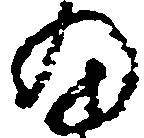
細